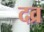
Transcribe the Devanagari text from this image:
दव्र